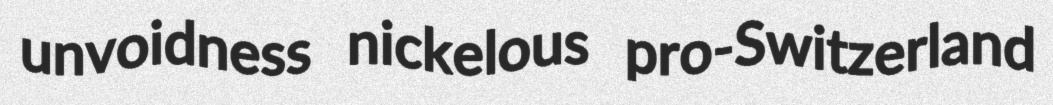
unvoidness nickelous pro-Switzerland